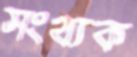
সংখ্যক